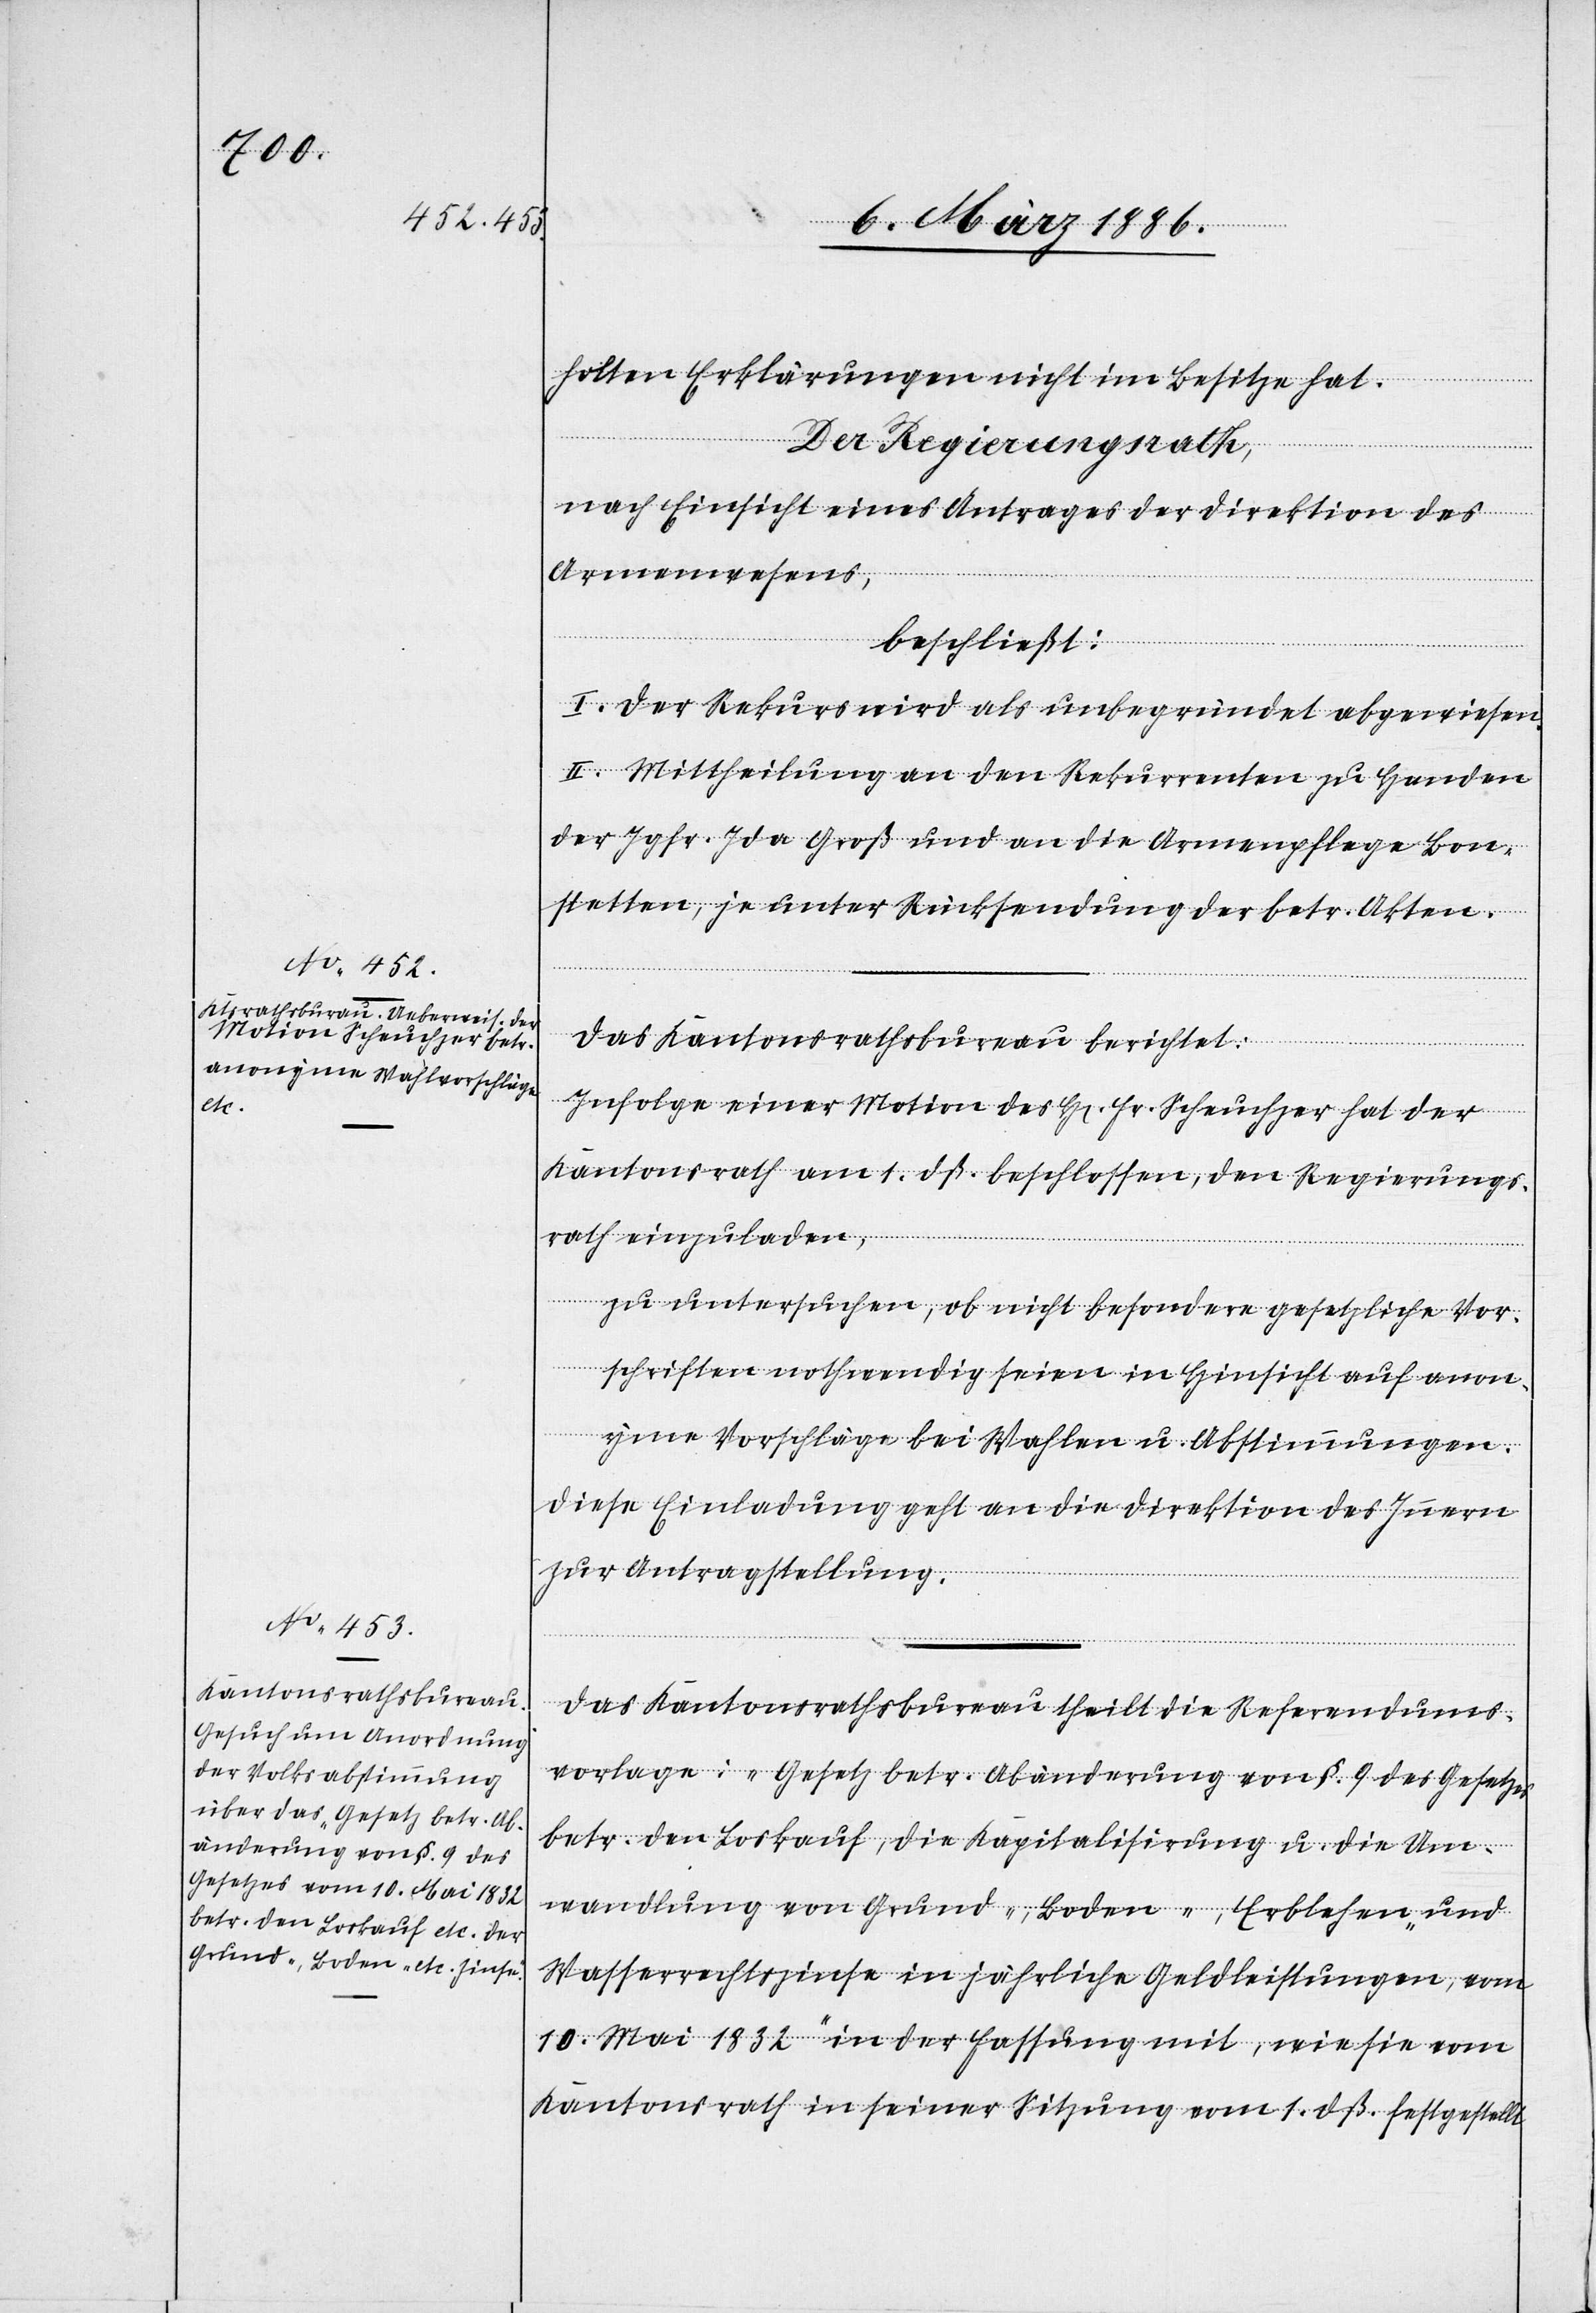
holten Erklärungen nicht im Besitze hat.
Der Regierungsrath,
nach Einsicht eines Antrages der Direktion des
Armenwesens,
beschließt:
es
I. Der Rekurs wird als unbegründet abgewiesen.
II. Mittheilung an den Rekurrenten zu Handen
der Jgfr. Ida Groß und an die Armenpflege Bon¬
stetten, je unter Rücksendung der betr. Akten.
Das Kantonsrathsbureau berichtet:
Infolge einer Motion des H[errn] Fr. Scheuchzer hat der
Kantonsrath am 1. dß. beschlossen, den Regierungs¬
rath einzuladen,
zu untersuchen, ob nicht besondere gesetzliche Vor¬
schriften nothwendig seien in Hinsicht auf anon¬
ymer Vorschläge bei Wahlen u. Abstimmungen.
Diese Einladung geht an die Direktion des Innern
zur Antragstellung.
Das Kantonsrathsbureau theilt die Referendums¬
vorlage: „Gesetz betr. Abänderung von §. 9 des Gesetz¬
betr. den Loskauf, die Kapitalisierung u. die Um¬
wandlung von Grund-, Boden-, Erblehen- und
Wasserrechtszinse in jährliche Geldleistungen, vom
10. Mai 1832“ in der Fassung mit, wie sie vom
Kantonsrath in seiner Sitzung vom 1. dß. festgestellt